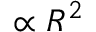
\propto R ^ { 2 }